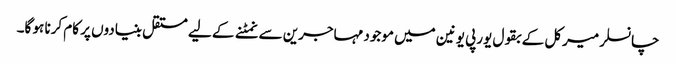
چانسلر میرکل کے بقول یورپی یونین میں موجود مہاجرین سے نمٹنے کے لیے مستقل بنیادوں پر کام کرنا ہو گا۔